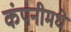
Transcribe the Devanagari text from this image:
कंपनीमधे